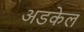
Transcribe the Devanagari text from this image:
अडकेल